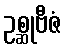
ဥစ္ဆုဗီဇံ